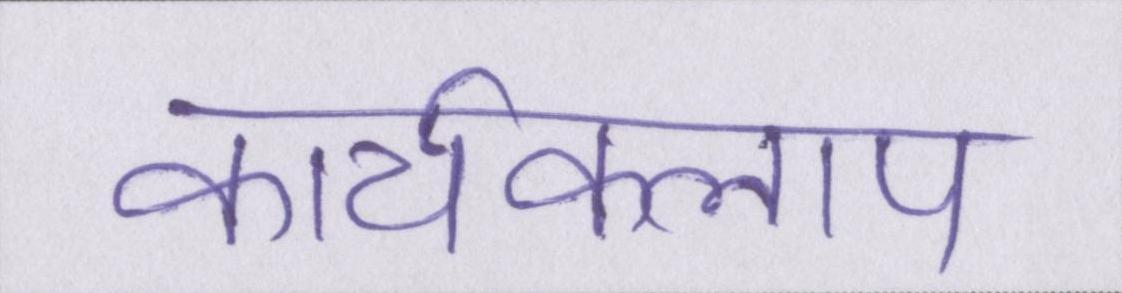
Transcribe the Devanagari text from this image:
कार्यकलाप